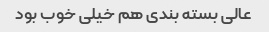
عالی بسته بندی‌ هم خیلی خوب بود